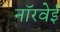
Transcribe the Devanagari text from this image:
नॉरवेई